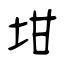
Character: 坩